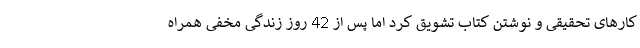
کارهای تحقیقی و نوشتن کتاب تشویق کرد اما پس از 42 روز زندگی مخفی همراه